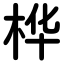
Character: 桦